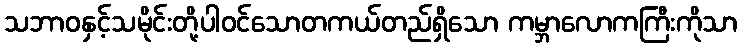
သဘာဝနှင့်သမိုင်းတို့ပါဝင်သောတကယ်တည်ရှိသော ကမ္ဘာလောကကြီးကိုသာ